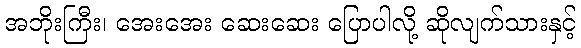
အဘိုးကြီး၊ အေးအေး ဆေးဆေး ပြောပါလို့ ဆိုလျက်သားနှင့်